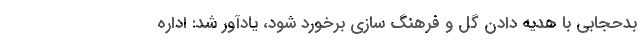
بدحجابی با هدیه دادن گل و فرهنگ سازی برخورد شود، یادآور شد: اداره